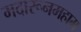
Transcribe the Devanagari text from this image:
मदारूनमहाम